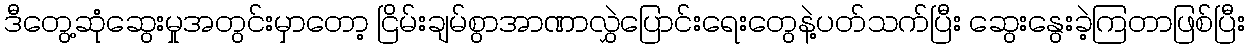
ဒီတွေ့ဆုံဆွေးမှုအတွင်းမှာတော့ ငြိမ်းချမ်စွာအာဏာလွှဲပြောင်းရေးတွေနဲ့ပတ်သက်ပြီး ဆွေးနွေးခဲ့ကြတာဖြစ်ပြီး